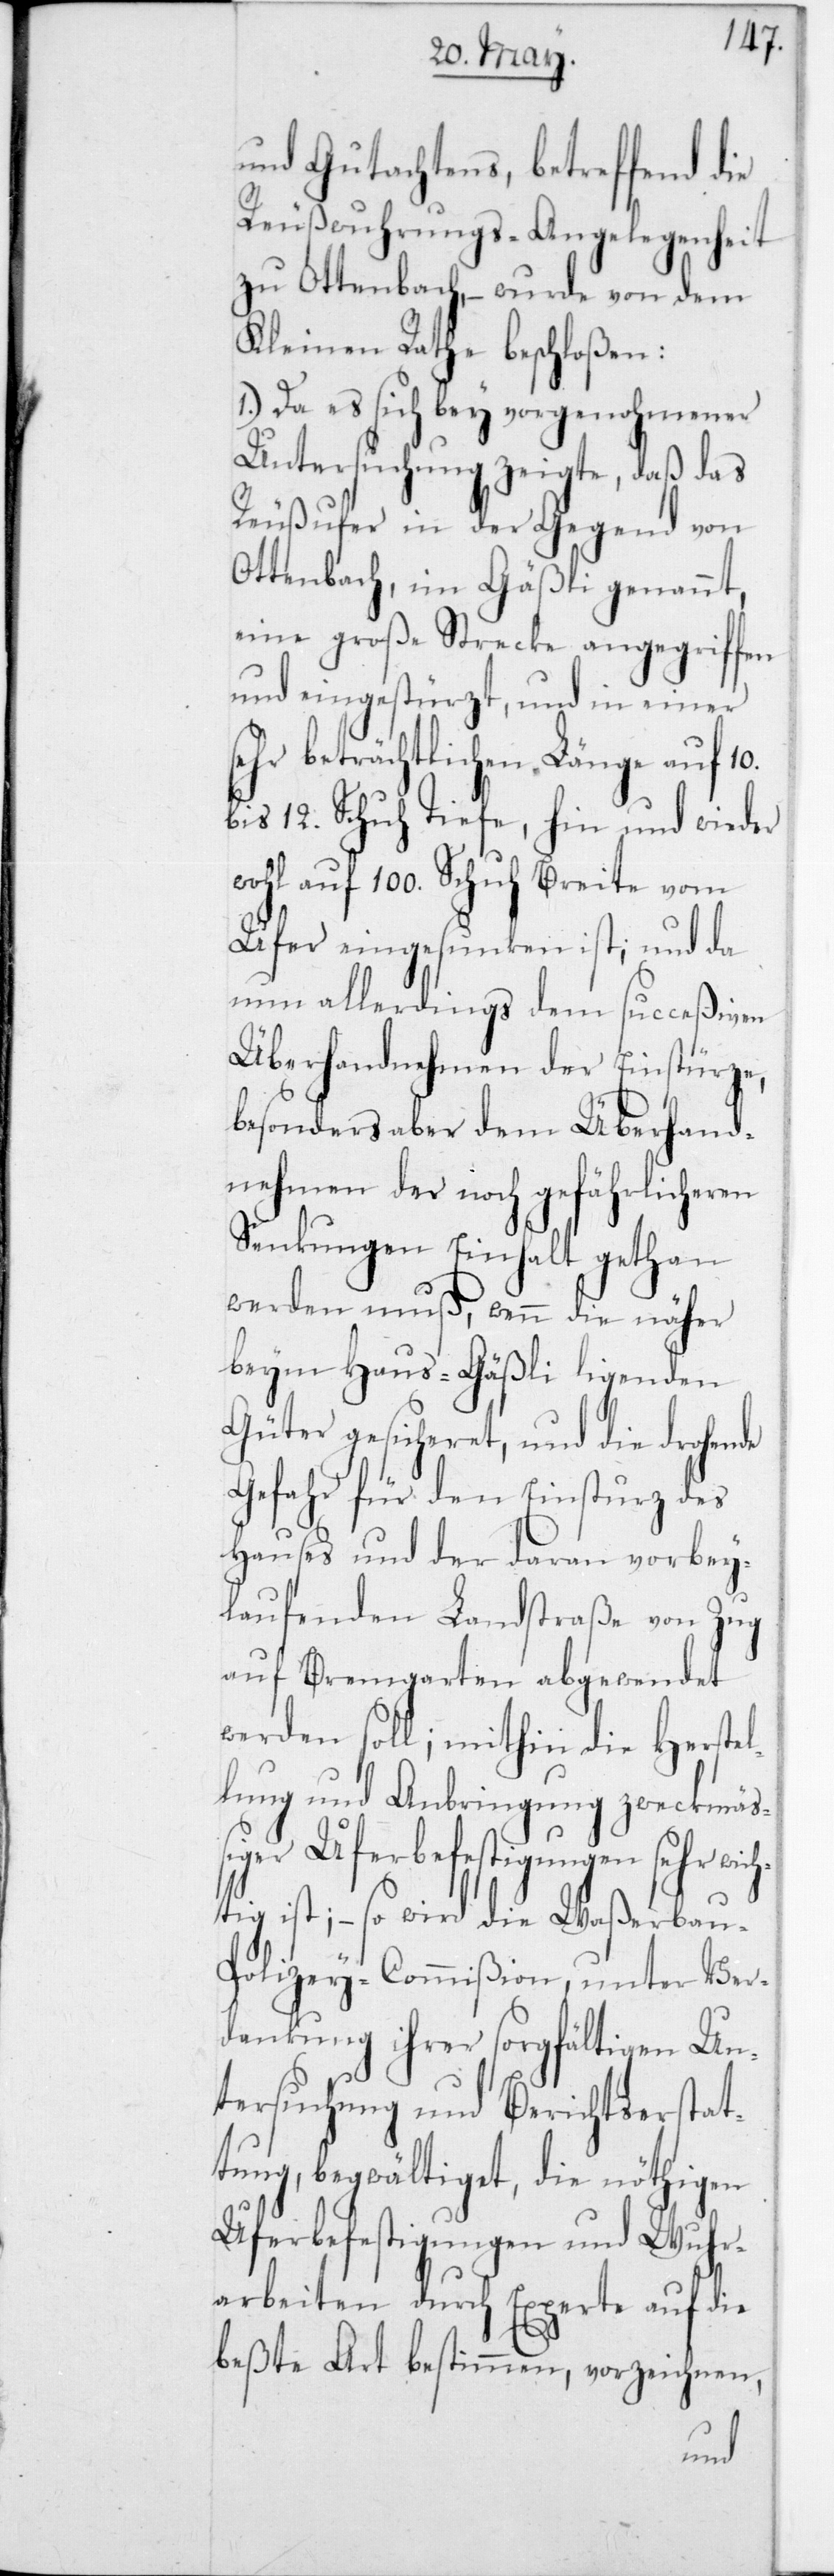
und Gutachtens, betreffend die
Reußwuhrungs-Angelegenheit
zu Ottenbach, – wurde von dem
Kleinen Rathe beschloßen:
1.) Da es sich bey vorgenohmener
Untersuchung zeigte, daß das
Reußufer in der Gegend von
Ottenbach, im Gäßli genannt,
eine große Strecke angegriffen
und eingestürzt, und in einer
sehr beträchtlichen Länge auf 10
bis 12 Schuh Tiefe, hin und wieder
wohl auf 100 Schuh Breite vom
Ufer eingesunken ist; und da
nun allerdings dem succeßiven
Überhandnehmen der Einstürze,
besonders aber dem Überhand¬
nehmen der noch gefährlicheren
Senkungen Einhalt gethan
werden muß, wenn die näher
beim Haus-Gäßli liegenden
Güter gesicheret, und die drohende
Gefahr für den Einsturz des
Hauses und der daran vorbey¬
laufenden Landstraße von Zug
auf Bremgarten abgewendet
werden soll; mithin die Herstel¬
lung und Anbringung zweckmäß¬
iger Uferbefestigungen sehr wich¬
tig ist; – so wird die Waßerba¬
u-Polizey-Commißion unter Ver¬
dankung ihrer sorgfältigen Un¬
tersuchung und Berichtserstat¬
tung, begwältiget, die nöthigen
Uferbefestigungen und Wuhr¬
arbeiten durch Experte auf die
beßte Art bestimmen, vorzeichnen,